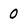
Character: 0